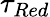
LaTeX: \tau_{Red}